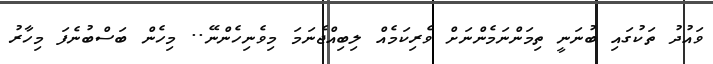
ވައުދު ތަކުގައި ބުނަނީ ތިމަންނަމެންނަށް ވެރިކަމެއް ލިބިއްޖެނަމަ މިވެނިހެންނޭ.. މިހެން ބަސްބުނެފަ މިހާރު